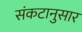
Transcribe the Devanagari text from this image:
संकटानुसार